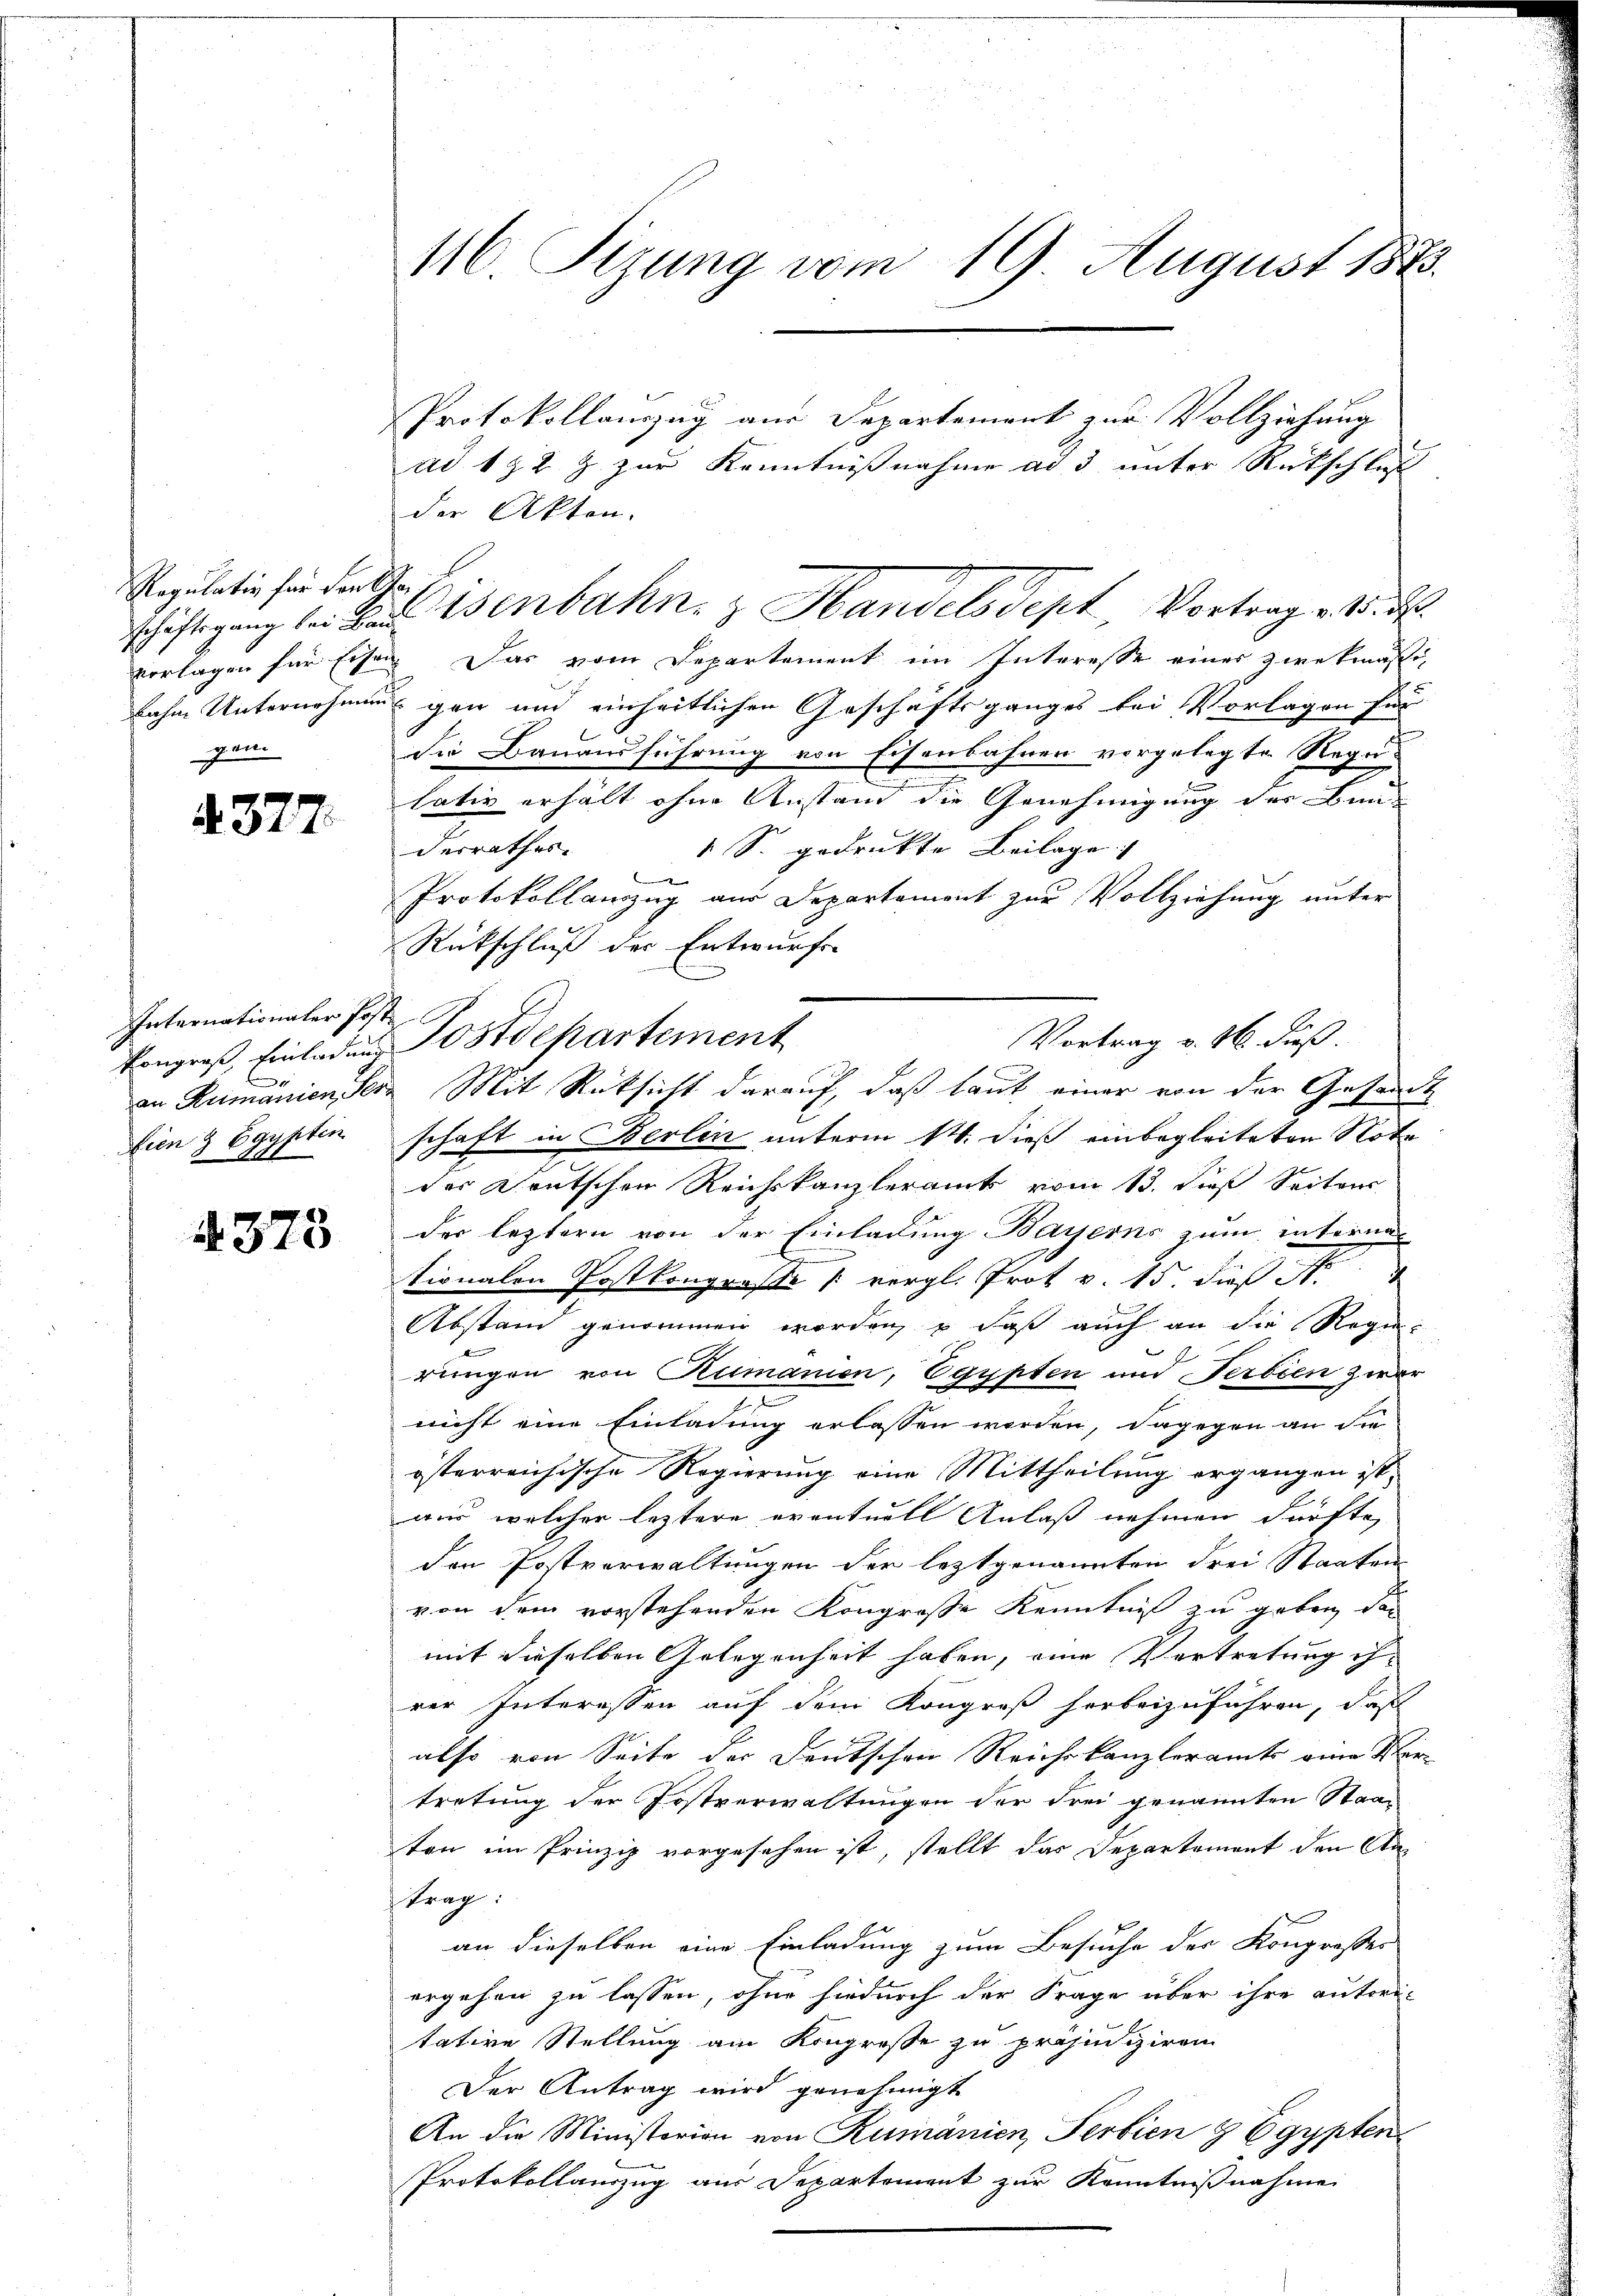
Regulativ für den Ge
gen.

4377.

Internationaler Post.
tien & Egypten
841

A 378

116. Sizung vom 19. August 1873.

der Akten.

vorlagen für Eisen. Das vom Departement im Interesse eines Zweckmäßinahme Unternehmungen und einheitlichen Geschäftsganges bei Vorlagen für
Die Bauausführung von Eisenbahnen vorgelegte Regu¬
.
lativ erhält ohne Anstand die Genehmigung der Bun
desrathes
1 S. gedruckte Beilage
b
Protokollanzug aus Departement zur Vollziehung unter
Rückschluß der Entwurfe
schaft in Berlin unterm 14. dieß einbegleiteten Note
der Deutschen Reichskanzleramt vom 13. dieß Seiter
der leztern von der Einladung Bayerns zum internationalen Postkongrosse (vergl. Prot v. 15. dieß N. 4
Abstand genommen worden, daß auch an die Regief
rungen von Rumanien, Egypten und erbien zwar
nicht eine Einladung erlassen werden, dagegen an die
österreichische Regierung eine Mittheilung ergangen ist,
ans, welcher leztere eventuell Anlaß nehmen dürfte,
den Postverwaltungen der letztgenannten drei Staaten
von dem vorstehenden Kongroße Kenntniß zu geben, das
mit dieselben Gelegenheit haben, eine Vertretung ihrer Interessen auf dem Kongreß herbeizuführen, daß
also von Seite der Deutschen Reichskanzleramts eine Ver-
tretung der Postverwaltungen der Frei genannten Staaten im Prinzip vorgesehen ist, stellt das Departement den An
trag:
an dieselben eine Einladung zum Besuche der Kongroßer
ergehen zu lassen, ohne hiedurch der Frage über ihre autori-
tative Stellung am Kongreße zu präjudiziren
Der Antrag wird genehmigt
An die Ministerion von Rumänien, Serbien & Egypten
Protokollauszug aus Departement zur Kenntnißnahme

Protokollauszug aus Departement zur Vollziehung
ad 192 z zur Kenntnißnahme ad 3 unter Rückschluß

schäftigung bei das isenbahn & Handels Sept, Vortrag v. 18. d.

Vortrag v. 16 Fuß.
kongreß, Einladen Postdepartement
an Rumänien der Mit Rücksicht darauf, daß laut einer von der Gesandt